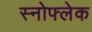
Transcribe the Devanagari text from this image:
स्नोफ्लेक